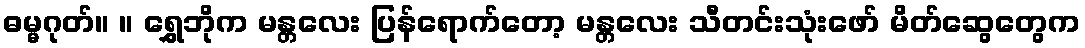
ဓမ္မဂုတ်။ ။ ရွှေဘိုက မန္တလေး ပြန်ရောက်တော့ မန္တလေး သီတင်းသုံးဖော် မိတ်ဆွေတွေက